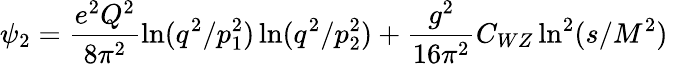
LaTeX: \psi_{2}=\frac{e^{2}Q^{2}}{8\pi^{2}}\ln(q^{2}/p_{1}^{2})\ln(q^{2}/p_{2}^{2})+\frac{g^{2}}{16\pi^{2}}C_{WZ}\ln^{2}(s/M^{2})~